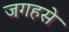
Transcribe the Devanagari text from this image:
जगहसे